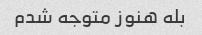
بله هنوز متوجه شدم